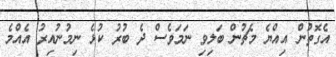
އެގޮތުން އިއްޔެ މެޗުން ބަލިވި ނަމަވެސް ދެ ބުރު ކުޅެ ނިމުނުއިރު އެއްމެ